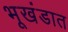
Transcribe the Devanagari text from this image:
भूखंडात